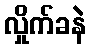
လှိုက်ခနဲ